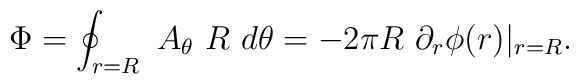
\Phi =\oint_{r=R}\ A_\theta \ R\ d\theta=-2\pi R\ \partial _r\phi (r) \vert _{r=R}.